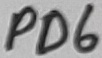
Text: PD6